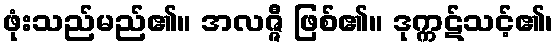
ဖုံးသည်မည်၏။ အလဇ္ဇီ ဖြစ်၏။ ဒုက္ကဋ်သင့်၏၊